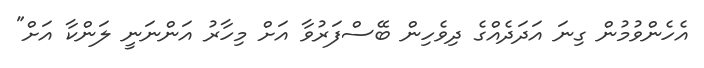
އެހެންވުމުން ގިނަ އަދަދެއްގެ ދިވެހިން ބޭސްފަރުވާ އަށް މިހާރު އަންނަނީ ލަންކާ އަށް"